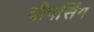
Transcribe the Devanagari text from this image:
दीपसिंग